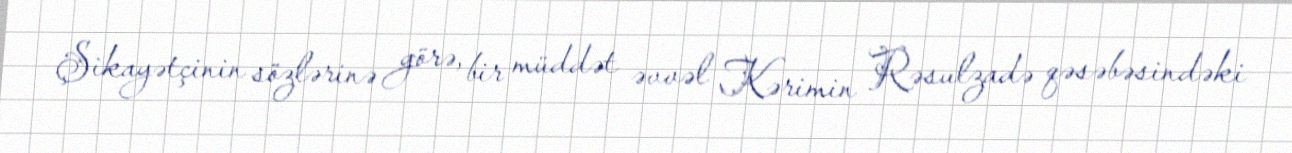
Şikayətçinin sözlərinə görə, bir müddət əvvəl Kərimin Rəsulzadə qəsəbəsindəki